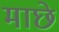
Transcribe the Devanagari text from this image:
माछे